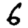
Digit: 6